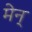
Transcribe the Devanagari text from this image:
मेन्